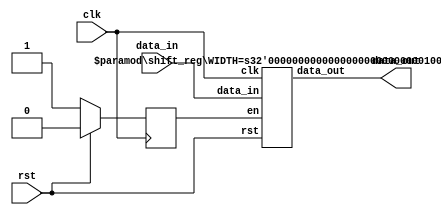
module shift_reg_top #(parameter WIDTH=32) (clk,rst,data_in,data_out);
    input clk;
    input rst;
    input [WIDTH-1:0] data_in;
    output [WIDTH-1:0] data_out;

    reg enable;
    wire [WIDTH-1:0] d_out;
    
    always @ (posedge clk) begin
        if (rst)
            enable <= 0;
        else
            enable <= 1;
    end

    shift_reg #(.WIDTH(WIDTH)) shift_reg_inst (.clk(clk),.rst(rst),.data_in(data_in),.data_out(d_out),.en(enable));

    assign data_out=d_out;
endmodule


module shift_reg #(parameter WIDTH=32) (
    input clk,
    input rst,
    input en,
    input [WIDTH-1:0] data_in,
    output reg [WIDTH-1:0] data_out
    );
//    wire d;
//    assign d=1;
    always @ (posedge clk) begin
        if (rst)
            data_out <= 0;
        else begin
            if (en)
                data_out <= {data_out[WIDTH-1:0],data_in[WIDTH-16:0]};
            else
                data_out <= data_in;
        end
    end
endmodule